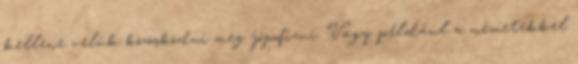
kellene velük közösködni meg jópofizni. Vagy például a németekkel